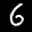
Label: 6